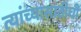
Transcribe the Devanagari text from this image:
त्यांच्यासाठीची